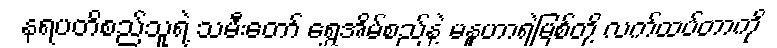
နရပတိစည်သူရဲ့ သမီးတော် ရွှေအိမ်စည်နဲ့ မနူဟာရဲ့မြစ်တို့ လက်ထပ်တာကို